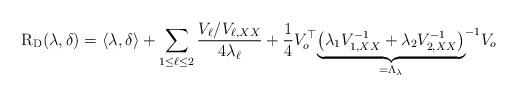
LaTeX: \begin{align*}\mathrm{R}_{\mathrm{D}} (\lambda, \delta ) = \langle\lambda, \delta\rangle + \sum_{1\leq \ell \leq 2 } \frac{V_\ell / V_{\ell, X X} }{4 \lambda_\ell} + \frac{1}{4} V_o^{\top} { \underbrace{\left(\lambda_1 V_{1, X X}^{-1}+\lambda_2 V_{2, X X}^{-1}\right) }_{= \Lambda_\lambda} }^{-1} V_o\end{align*}